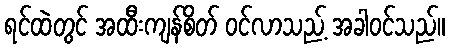
ရင်ထဲတွင် အထီးကျန်စိတ် ဝင်လာသည့် အခါဝင်သည်။